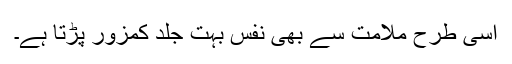
اسی طرح ملامت سے بھی نفس بہت جلد کمزور پڑتا ہے۔